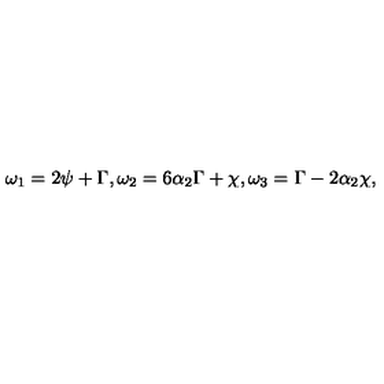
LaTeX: \omega _ { 1 } = 2 \psi + \Gamma , \omega _ { 2 } = 6 \alpha _ { 2 } \Gamma + \chi , \omega _ { 3 } = \Gamma - 2 \alpha _ { 2 } \chi ,